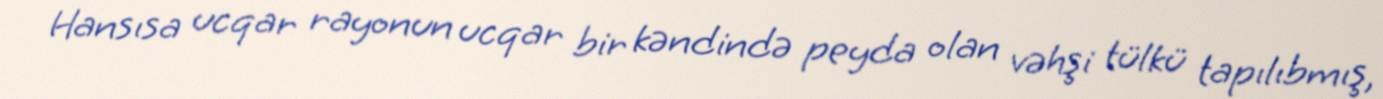
Hansısa ucqar rayonun ucqar bir kəndində peyda olan vəhşi tülkü tapılıbmış,